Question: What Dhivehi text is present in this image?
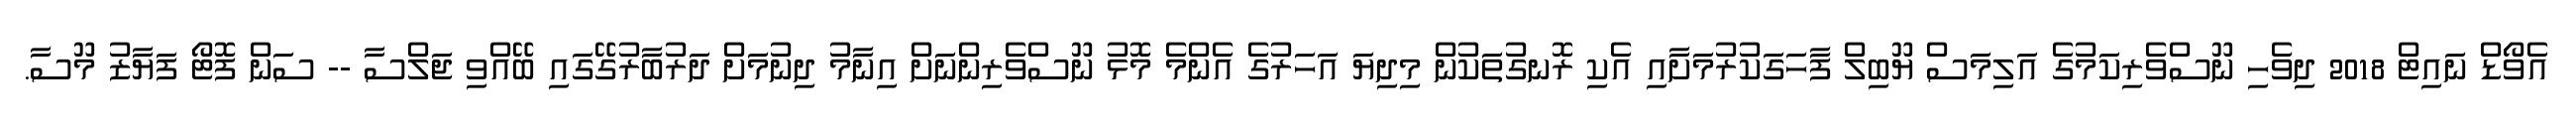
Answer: އެވޯޑް ނައިޓް 2018 ދިވެހި ނޫސްވެރިކަމުގެ އަލިމަސް ޔޫބިލް ފާހަގަކުރުމަށާއި އެކި ރޮނގުތަކުން މިދިޔަ އަހަރުގެ އެންމެ މޮޅު ނޫސްވެރިންނަށް އިނާމު ދިނުމަށް ދަރުބާރުގޭގައި ބޭއްވި ޖަލްސާ -- ސަން ފޮޓޯ ފަޔާޒު މޫސާ.